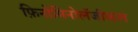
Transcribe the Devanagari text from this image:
फ़िनोमिनोलॅजीकल